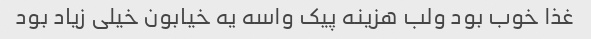
غذا خوب بود ولب هزینه پیک واسه یه خیابون خیلی زیاد بود